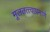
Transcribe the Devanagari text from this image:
मूलतत्त्वाप्रमाणे